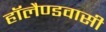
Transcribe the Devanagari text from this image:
हॉलैण्डवासी